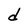
Character: d